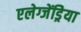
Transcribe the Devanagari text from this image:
एलेग्जेंड्रेिया